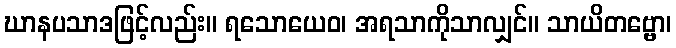
ဃာနပသာဒဖြင့်လည်း။ ရသောယေဝ၊ အရသာကိုသာလျှင်။ သာယိတဗ္ဗော၊